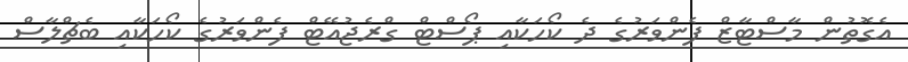
އެގޮތުން މާސްޓާޒް ފެންވަރުގެ ދެ ކޯހަކާއި ޕޯސްޓް ގްރެޖުއޭޓް ފެންވަރުގެ ކޯހަކާއި ބެޗްލާސް